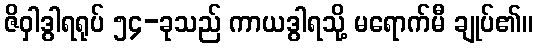
ဇိဝှါဒွါရရုပ် ၅၄-ခုသည် ကာယဒွါရသို့ မရောက်မီ ချုပ်၏။